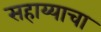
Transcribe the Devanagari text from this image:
सहाय्याचा